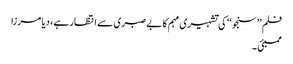
فلم ’’سنجو‘‘ کی تشہیری مہم کا بے صبری سے انتظار ہے، دیا مرزا
ممبئی ۔